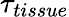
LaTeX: \tau_{tissue}